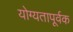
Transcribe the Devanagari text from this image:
योग्‍यतापूर्वक